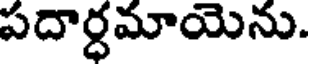
పదార్ధమాయెను.